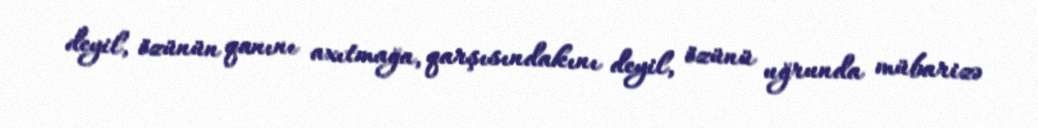
deyil, özünün qanını axıtmağa, qarşısındakını deyil, özünü uğrunda mübarizə